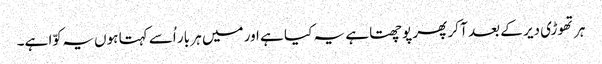
ہر تھوڑی دیر کے بعد آ کر پھر پوچھتا ہے یہ کیا ہے اور میں ہر بار اُسے کہتا ہوں یہ کوّا ہے۔